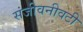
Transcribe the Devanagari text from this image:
संजीवनीवटी